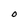
Character: O